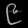
Digit: ၉